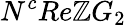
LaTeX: N^{c}Re\mathbb{Z}G_{2}